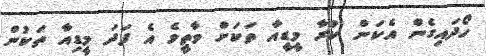
ހޯދައިގެން އެކަން ކުރާ މީޑީއާ ތަކަށް ވާތީވެ އެ ފަދަ މީޑިއާ ތަކުން